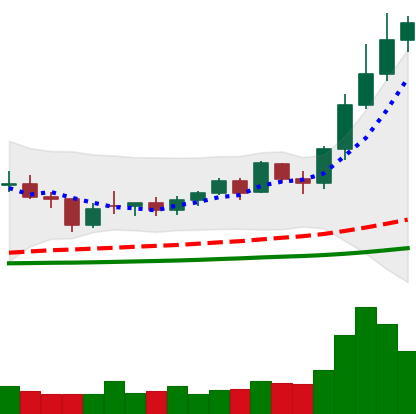
Ticker: NEO-USD
Chart end date: 2021-02-12
Forward return: 12.564%
Label: up_7plus